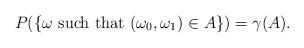
LaTeX: \begin{align*}P(\{\omega \mbox{ such that }(\omega_0,\omega_1) \in A \}) = \gamma(A).\end{align*}